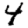
Digit: 4